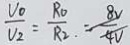
\frac { V _ { 0 } } { V _ { 2 } } = \frac { R _ { 0 } } { R _ { 2 } } = \frac { 8 v } { 4 V }